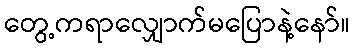
တွေ့ကရာလျှောက်မပြောနဲ့နော်။